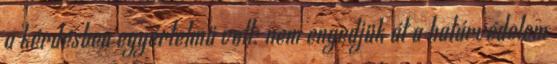
a kérdésben egyértelmű volt: nem engedjük át a határvédelem